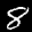
Label: 8